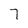
Character: 7